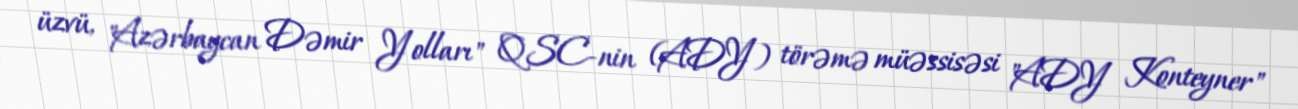
üzvü, "Azərbaycan Dəmir Yolları" QSC-nin (ADY) törəmə müəssisəsi "ADY Konteyner"